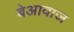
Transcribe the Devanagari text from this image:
बेआवाज